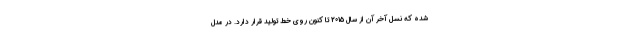
شده که نسل آخر آن از سال 2015 تا کنون روی خط تولید قرار دارد. در مدل